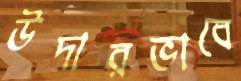
উদারভাবে